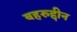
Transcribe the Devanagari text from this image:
बहरुद्दीन